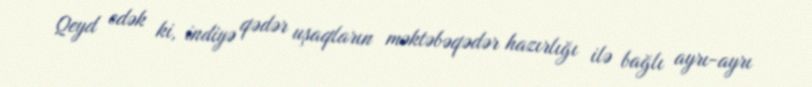
Qeyd edək ki, indiyə qədər uşaqların məktəbəqədər hazırlığı ilə bağlı ayrı-ayrı